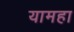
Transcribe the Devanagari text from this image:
यामहा